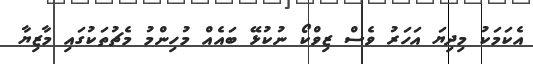
އެކަމަކު މިދިޔަ އަހަރު ވެސް ޒިވްކޯ ނުކުޅޭ ބައެއް މުހިންމު މެޗުތަކުގައި މާޒިޔާ